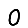
Digit: 0